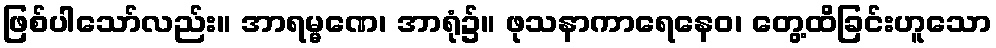
ဖြစ်ပါသော်လည်း။ အာရမ္မဏေ၊ အာရုံ၌။ ဖုသနာကာရေနေဝ၊ တွေ့ထိခြင်းဟူသော